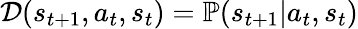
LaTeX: \mathcal D(s_{t+1},a_{t},s_{t})=\mathbb P(s_{t+1}\vert a_{t},s_{t})